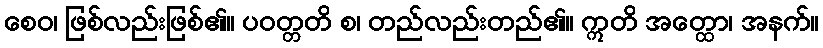
စေဝ၊ ဖြစ်လည်းဖြစ်၏။ ပဝတ္တတိ စ၊ တည်လည်းတည်၏။ ဣတိ အတ္ထော၊ အနက်။